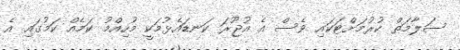
ސަލާމަތް ކުރުމަށްޓަކައި ވެސް އެ އުޖޫރަ ކަނޑައެޅުމަކީ މުހިއްމު ކަމެއް ކަމުގައި އެ